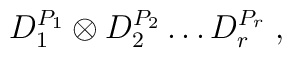
D_{1}^{P_{1}}\otimes D_{2}^{P_{2}}\ldots D_{r}^{P_{r}} \; ,